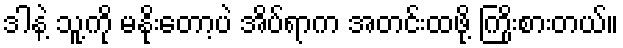
ဒါနဲ့ သူ့ကို မနိုးတော့ပဲ အိပ်ရာက အတင်းထဖို့ ကြိုးစားတယ်။